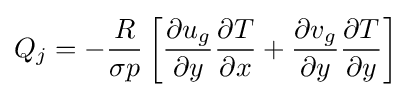
Q_{j}=-{\frac {R}{\sigma p}}\left[{\frac {\partial u_{g}}{\partial y}}{\frac {\partial T}{\partial x}}+{\frac {\partial v_{g}}{\partial y}}{\frac {\partial T}{\partial y}}\right]